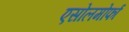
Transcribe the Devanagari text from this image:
एसोलमोर्फा